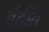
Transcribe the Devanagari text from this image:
बंदींत